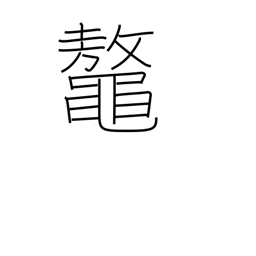
Meaning: great sea turtle